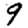
Digit: 9